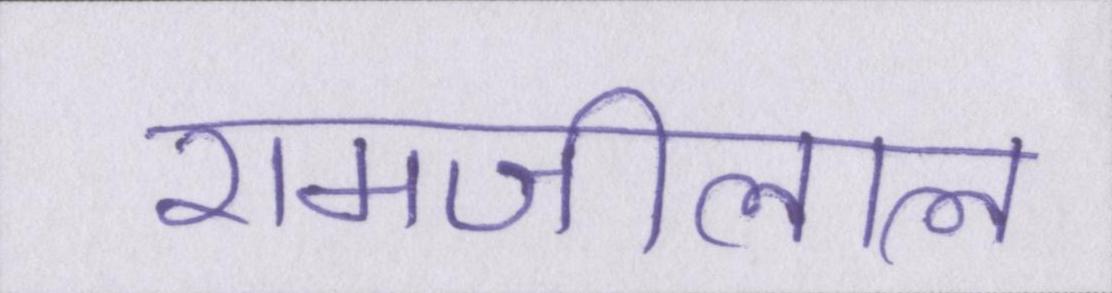
रामजीलाल